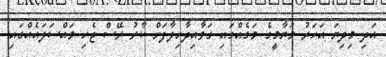
އަދި މިދިޔަ އަހަރު މަޔާމީގެ މަގެއްގައި ގަވާއިދާހިލާފަށް ކާރު ރޭސް ޖެހި މައްސަލައެއްގައި